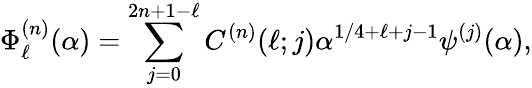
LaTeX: \Phi_{\ell}^{(n)}(\alpha)=\sum_{j=0}^{2n+1-\ell}C^{(n)}(\ell;j)\alpha^{1/4+\ell+j-1}\psi^{(j)}(\alpha),